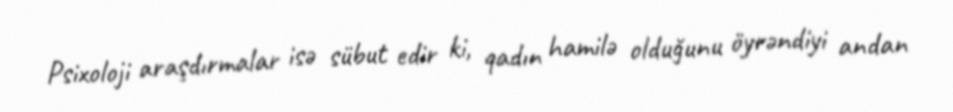
Psixoloji araşdırmalar isə sübut edir ki, qadın hamilə olduğunu öyrəndiyi andan